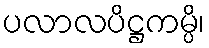
ပလာလပိဋ္ဌကမ္ပိ၊